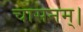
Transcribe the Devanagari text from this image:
चासनम्‌।